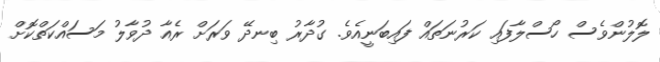
ލޮލުންވެސް ހޯސްލާފައި ކަރުނަތައް ފައިބަނީއެވެ. ގުދާރު ބިނދޭ ވަރަށް ރެއާ ދުވާލު މަސައްކަތްކޮށް